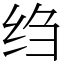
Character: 绉